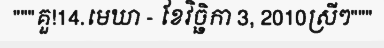
"""គួ!14.មេឃា - ខែវិច្ឆិកា 3, 2010ស្រីៗ"""